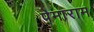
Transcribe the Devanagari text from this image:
पेमाराम